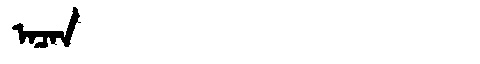
Manchu: ᠠᠴᠠᠨ
Romanization: ACAN